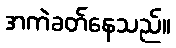
အကဲခတ်နေသည်။